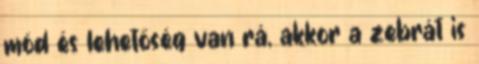
mód és lehetőség van rá, akkor a zebrát is